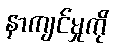
နာကျင်မှုကို